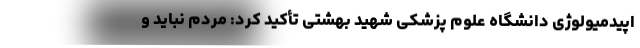
اپیدمیولوژی دانشگاه علوم پزشکی شهید بهشتی تأکید کرد: مردم نباید و